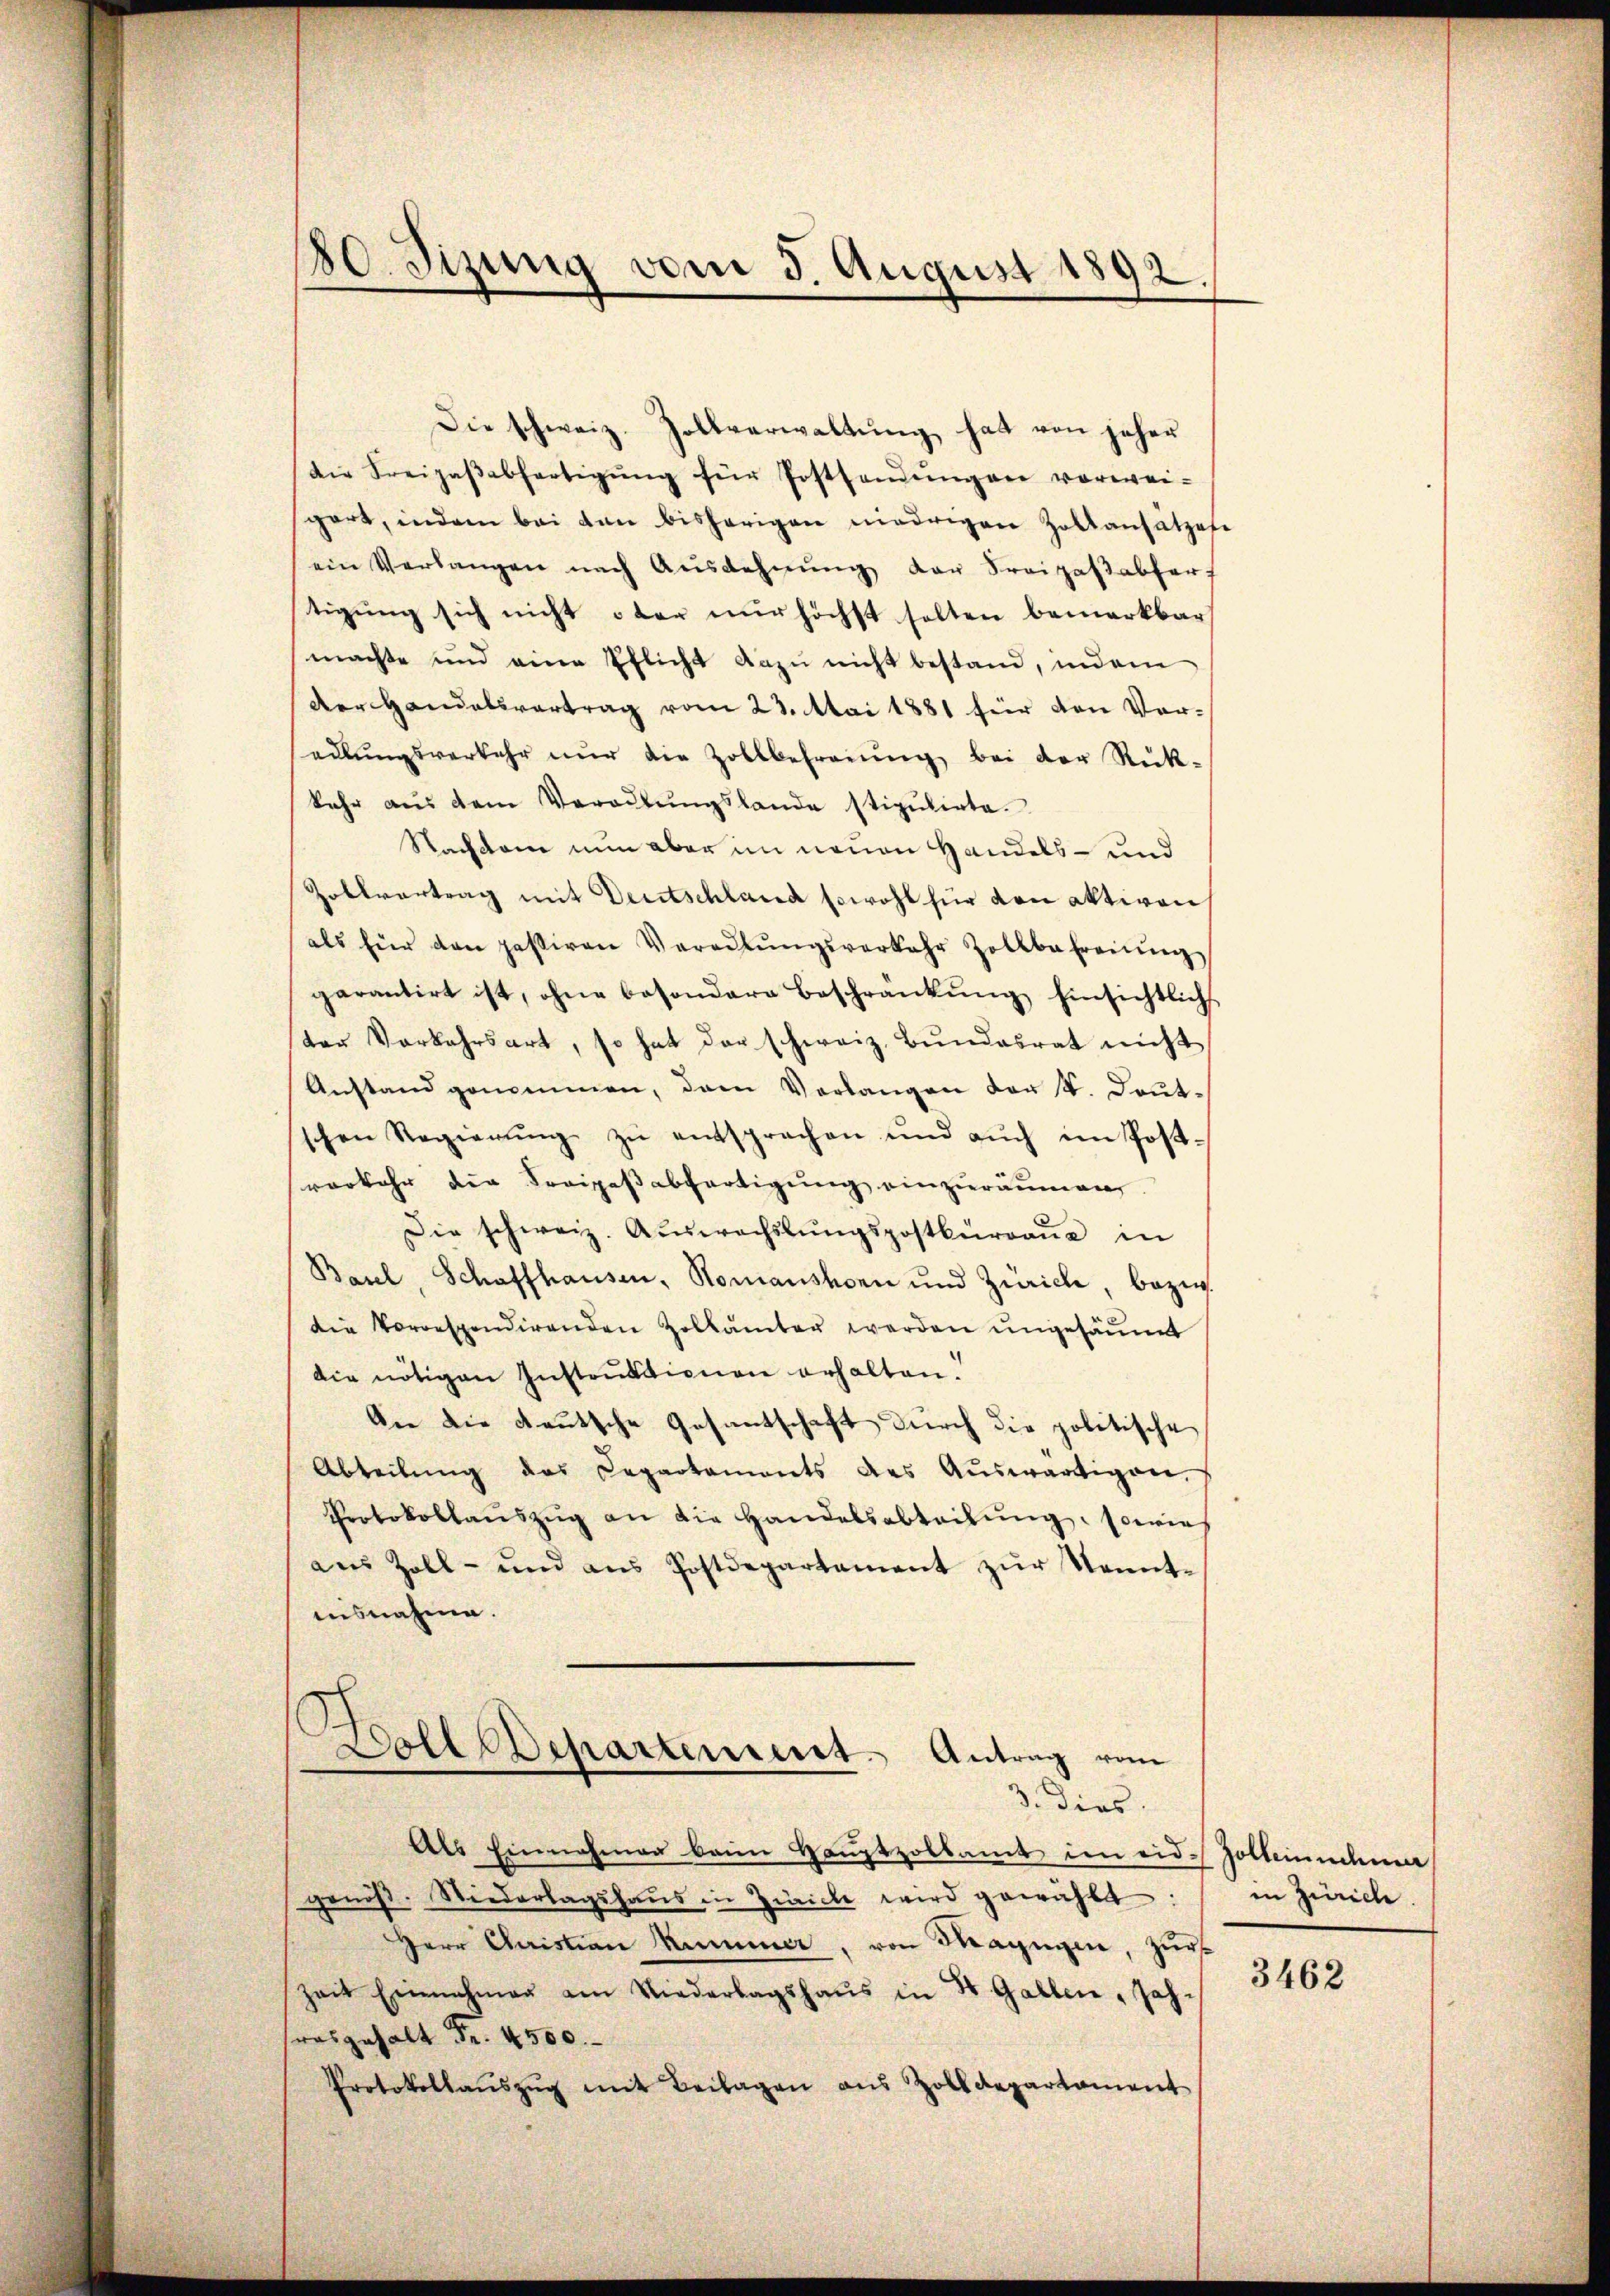
80. Sizung vom 5. August 1892.

Die schweiz. Zollverwaltŭng hat von jeher
die Freigaβabfertigŭng für Posthandŭngen vorwei-
sgart, indem bei den bisherigen niedrigen Zoltansätzen
ein Verlangen nach Ausdehnŭng der Freizaβabfert
tigung sich nicht oder nur höchst solten bemerkbar
machte und eine Pflicht dazu nicht bestand, indem
der Handelsvertrag vom 23. Mai 1881 für den Ver-
adlŭngsverkehr nŭr die Zollbefreiung bei der Rück-
kehr aŭs dem Verortŭngslande stipulirte.
Nachsam nun aber im neuen Handels- und
Zollvertrag mit Deutschland sowohl für von aktiven
als für den passiren Veradlŭngsverkehr Zollbefreiung
garantirt ist, ohne besondere Beschränkŭng hinsichtlich
ter Vorkehrsart, so hat der schweiz. Bundesrat nicht
Anstand genommen, dem Verlangen der V. Deut-
schen Regierŭng zŭ entsprachen und aŭch im Post-
vorkehr der Fraipaßabfertigung einzuräumen
Die schweiz. Aŭswachslungspostbüreaŭ in
Basel, Schaffhausen, Romanshorn und Zürich, bezug.
die Vorrespondirenden Zollämter werden ungesäumt
die nötigen Instrŭktionen erhalten.
An die deutsche Gesantschaft durch die politische
Abteilŭng das Repartaments des Aŭswärtigen,
Protokollaŭszŭg an die Handelsabteilŭng, sowie
aus Zoll- und ans Postdepartament zŭr Kenntaisnahme.
Lolldepartement. Antrag vom
3. Dies
Als Einnahmen beim Hauptzollamt im eid-Zollemachen
genöß. Niederlagshaŭs in Zürich wird gewählt: in Zürich.
Herr Christian Kummer, von Thayngen, zur
zeit Einnahmen am Niederlagshaŭs in 4 Gallen, Joh.
resgehalt Fr. 4500.
Protokollaŭszŭg mit Beilagen aus Zolldepartament

3462